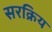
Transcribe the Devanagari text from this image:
सरक्रिय